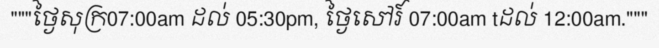
"""ថ្ងៃសុក្រ07:00am ដល់ 05:30pm, ថ្ងៃសៅរ៍ 07:00am tដល់ 12:00am."""